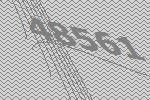
48561